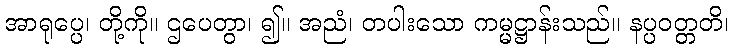
အာရုပ္ပေ၊ တို့ကို။ ဌပေတွာ၊ ၍။ အညံ၊ တပါးသော ကမ္မဋ္ဌာန်းသည်။ နပ္ပဝတ္တတိ၊